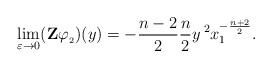
\begin{align*}\lim_{\varepsilon\to0}(\mathbf{Z}\varphi_{_2})(y)=-\frac{n-2}{2}\frac{n}{2}y^{\;2}x_1^{-\frac{n+2}{2}}.\end{align*}